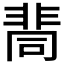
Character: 𩇷